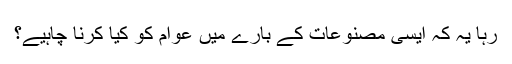
رہا یہ کہ ایسی مصنوعات کے بارے میں عوام کو کیا کرنا چاہیے؟